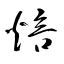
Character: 焙